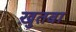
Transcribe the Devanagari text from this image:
ख़ुतबा